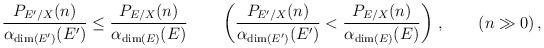
\begin{align*}\frac{P_{{E}'/X}(n)}{\alpha_{\dim({E}')}({E}')} \le \frac{P_{{E}/X}(n)}{\alpha_{\dim({E})}({E})}\quad \quad \left(\frac{P_{{E}'/X}(n)}{\alpha_{\dim({E}')}({E}')} < \frac{P_{{E}/X}(n)}{\alpha_{\dim({E})}({E})}\right)\,, \qquad(n\gg 0)\,,\end{align*}